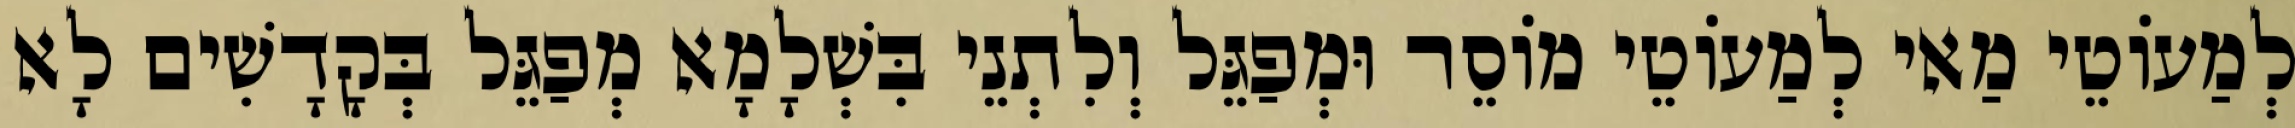
לְמַעוֹטֵי מַאי לְמַעוֹטֵי מוֹסֵר וּמְפַגֵּל וְלִתְנֵי בִּשְׁלָמָא מְפַגֵּל בְּקָדָשִׁים לָא